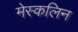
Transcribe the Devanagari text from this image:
मेस्कलिन